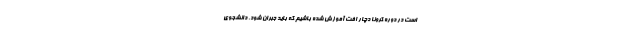
است در دوره کرونا دچار افت آموزش شده باشیم که باید جبران شود. دانشجوی